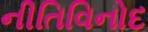
નીતિવિનોદ